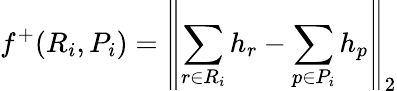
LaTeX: f^{+}(R_{i},P_{i})=\left\| \sum_{r\in R_{i}}h_{r}-\sum_{p\in P_{i}}h_{p}\right\| _{2}